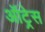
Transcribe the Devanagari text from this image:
ऑट्रेस